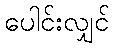
ပေါင်းလျှင်